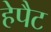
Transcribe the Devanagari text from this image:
हेपैट